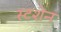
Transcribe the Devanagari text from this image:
स्टशेन